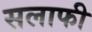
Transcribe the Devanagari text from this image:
सलाफी